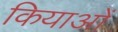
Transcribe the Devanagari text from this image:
कियाओं